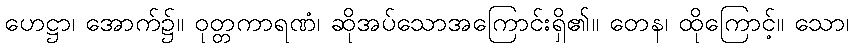
ဟေဋ္ဌာ၊ အောက်၌။ ဝုတ္တကာရဏံ၊ ဆိုအပ်သောအကြောင်းရှိ၏။ တေန၊ ထိုကြောင့်။ သော၊